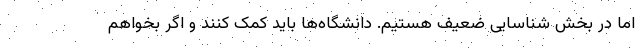
اما در بخش شناسایی ضعیف هستیم. دانشگاه‌ها باید کمک کنند و اگر بخواهم